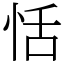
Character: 恬